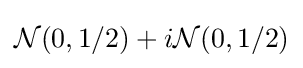
{\mathcal {N}}(0,1/2)+i{\mathcal {N}}(0,1/2)